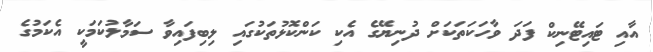
އާއި ޓައިޓޭނިކް ފަދަ ވާހަކަތަކަށް ދުނިޔޭގެ އެކި ކަންކޮޅުތަކުގައި ލިބިފައިވާ ސަމާލުކަމަކީ އެކަމުގެ